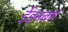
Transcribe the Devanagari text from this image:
ईड्नबर्ग